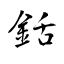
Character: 銛